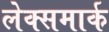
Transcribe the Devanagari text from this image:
लेक्समार्क